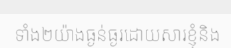
ទាំង២យ៉ាងធ្ងន់ធ្ងរដោយសារខ្ញុំនិង